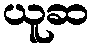
ယူဆ